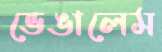
ভেঙালেম